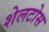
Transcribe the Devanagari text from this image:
शेलटोस